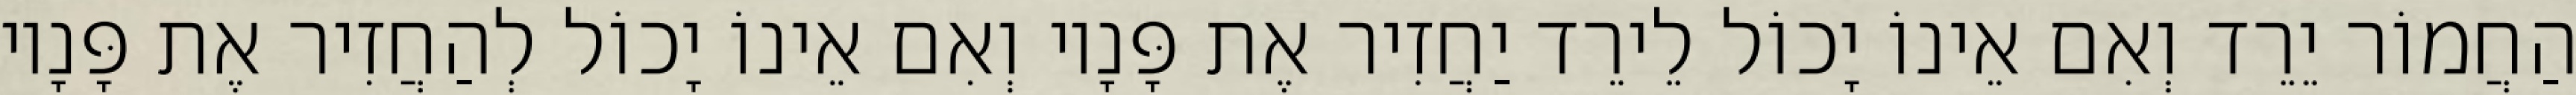
הַחֲמוֹר יֵרֵד וְאִם אֵינוֹ יָכוֹל לֵירֵד יַחֲזִיר אֶת פָּנָיו וְאִם אֵינוֹ יָכוֹל לְהַחֲזִיר אֶת פָּנָיו